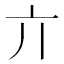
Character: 亣